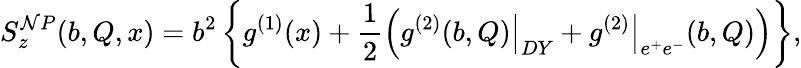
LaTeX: S_{z}^{\mathcal{N}P}(b,Q,x)=b^{2}\left\{ g^{(1)}(x)+\frac{{1}}{{2}}\Bigl(\left.g^{(2)}(b,Q)\right|_{DY}+\left.g^{(2)}\right|_{e^{+}e^{-}}(b,Q)\Bigr)\right\} ,